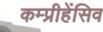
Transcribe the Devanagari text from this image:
कम्प्रीहेंसिव